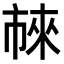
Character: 𬽖